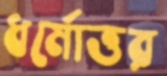
ধর্মোত্তর